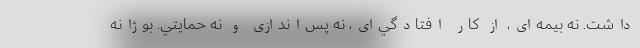
داشت. نه بيمه‌اي، از كار افتادگي‌اي، نه پس‌اندازي و نه حمايتي. بوژانه